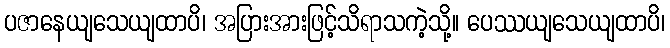
ပဇာနေယျသေယျထာပိ၊ အပြားအားဖြင့်သိရာသကဲ့သို့။ ပေဿယျသေယျထာပိ၊